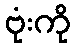
ဗုံးကို